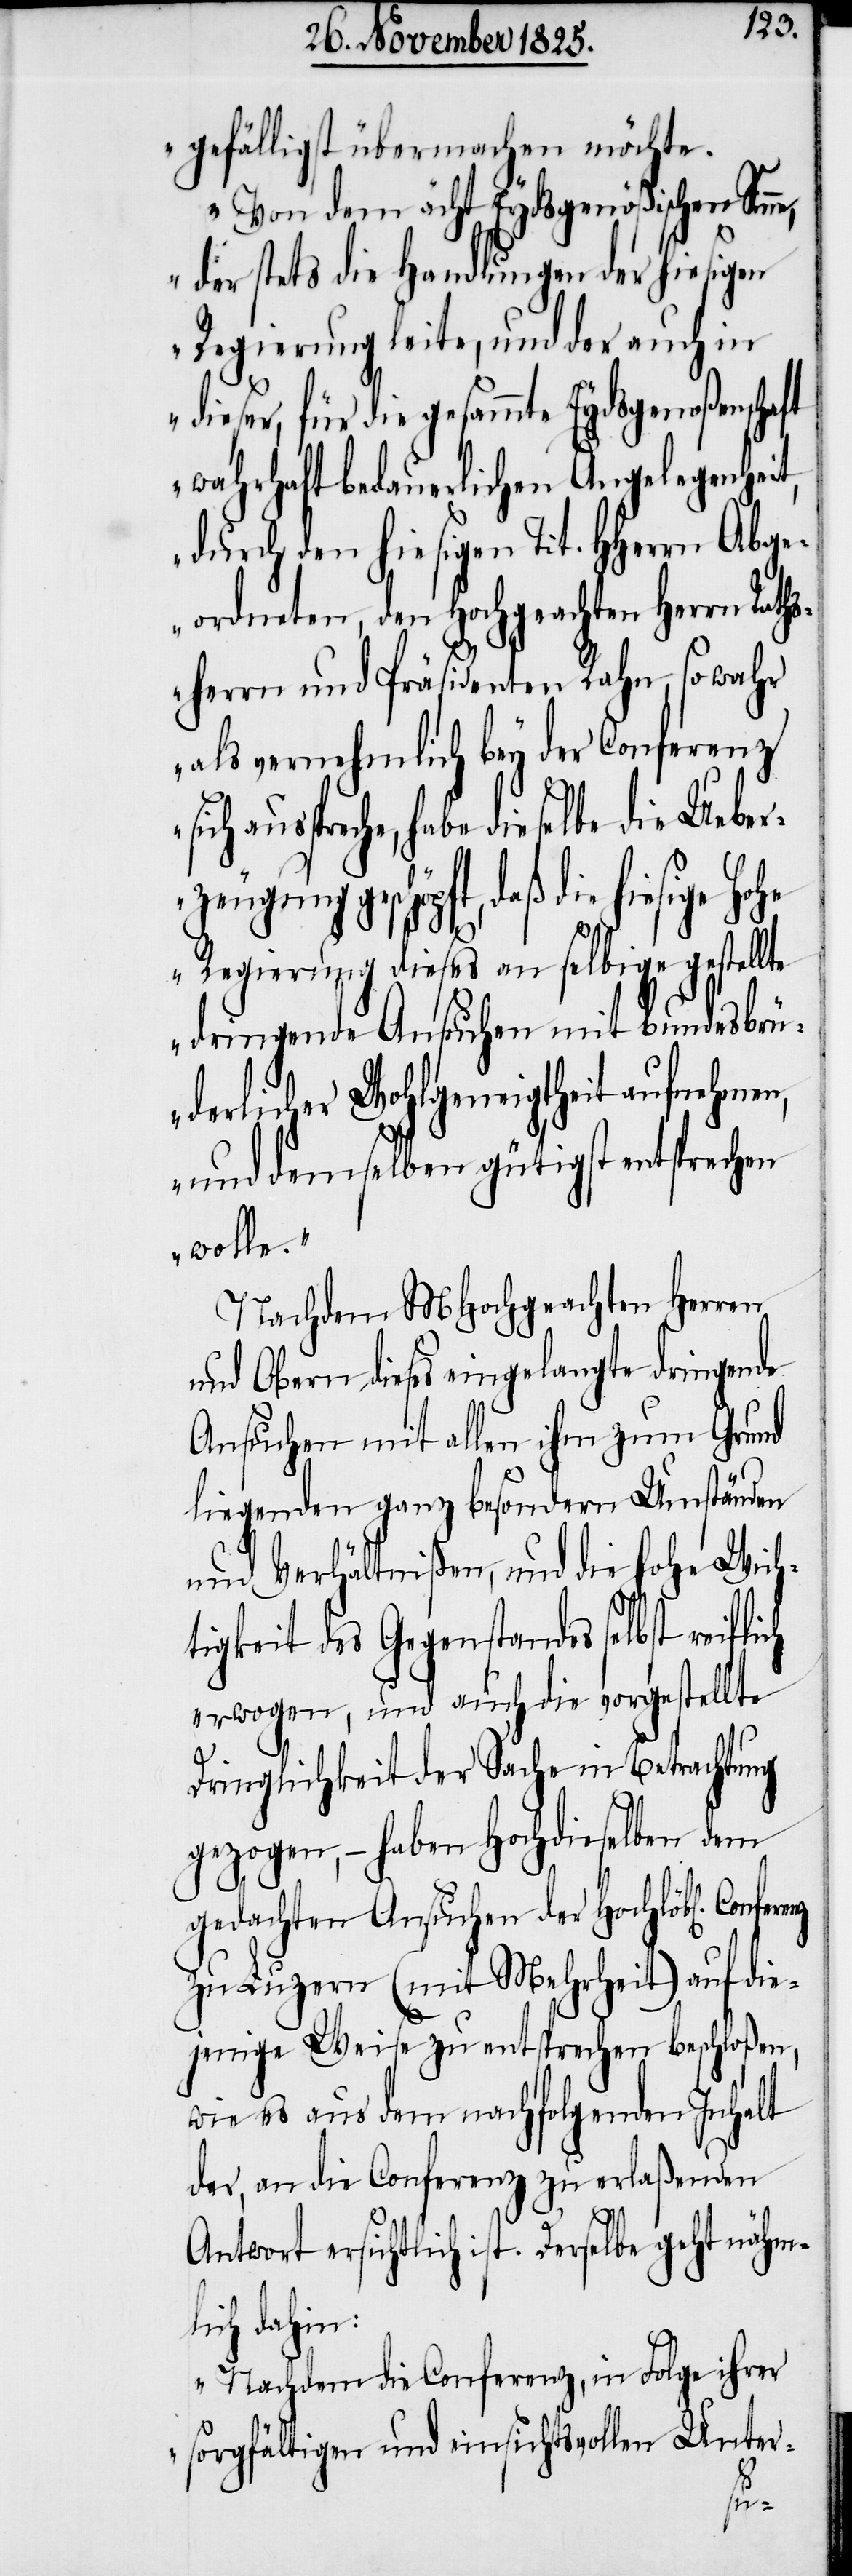
gefälligst übermachen möchte.
Von dem ächt Eydsgenößischen Sin¬
der stets die Handlungen der hiesigen
Regierung leite, und der auch in
dieser, für die gesammte Eydsgenoßenschaft
wahrhaft bedauerlichen Angelegenheit,
durch den hiesigen Tit. HHerrn Abge¬
ordneten, den Hochgeachten Herrn Rath¬
sherrn und Präsidenten Rahn, so wahr
als vernehmlich bey der Conferenz
ausspreche, habe dieselbe die Ueber¬
zeugung geschöpft, daß die hiesige
Regierung dieses an selbige gestellte
dringende Ansuchen mit bundesbrü¬
derlicher Wohlgeneigtheit aufnehmen,
und demselben gütigst entsprechen
wolle.“
Nachdem MHochgeachten Herren
und Obern dieses eingelangte dringende
Ansuchen mit allen ihm zum Grund
liegenden ganz besondern Umständen
und Verhältnißen, und die hohe Wich¬
tigkeit des Gegenstandes selbst reiflich
erwogen, und auch die vorgestellte
Dringlichkeit der Sache in Betrachtung
gezogen, – haben Hochdieselben dem
geachten Ansuchen der Hochlöbl[ichen]
zu Luzern (mit Mehrheit) auf die¬
jenige Weise zu entsprechen beschloßen,
wie es aus dem nachfolgenden Inhalt
der, an die Conferenz zu erlaßenden
Antwort ersichtlich ist. Derselbe geht nähml¬
ich dahin:
„Nachdem die Conferenz, in Folge ihrer
sorgfältigen und einsichtsvollen Unter-
ne,